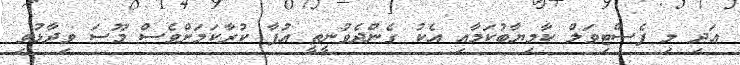
އަދި މި ފެސްޓިވަލް ކާމިޔާބުކަމާއި އެކު ގެންދެވުނީތީ އުފާ ކުރާކަމަށްވެސް މޫސަ ވިދާޅުވި